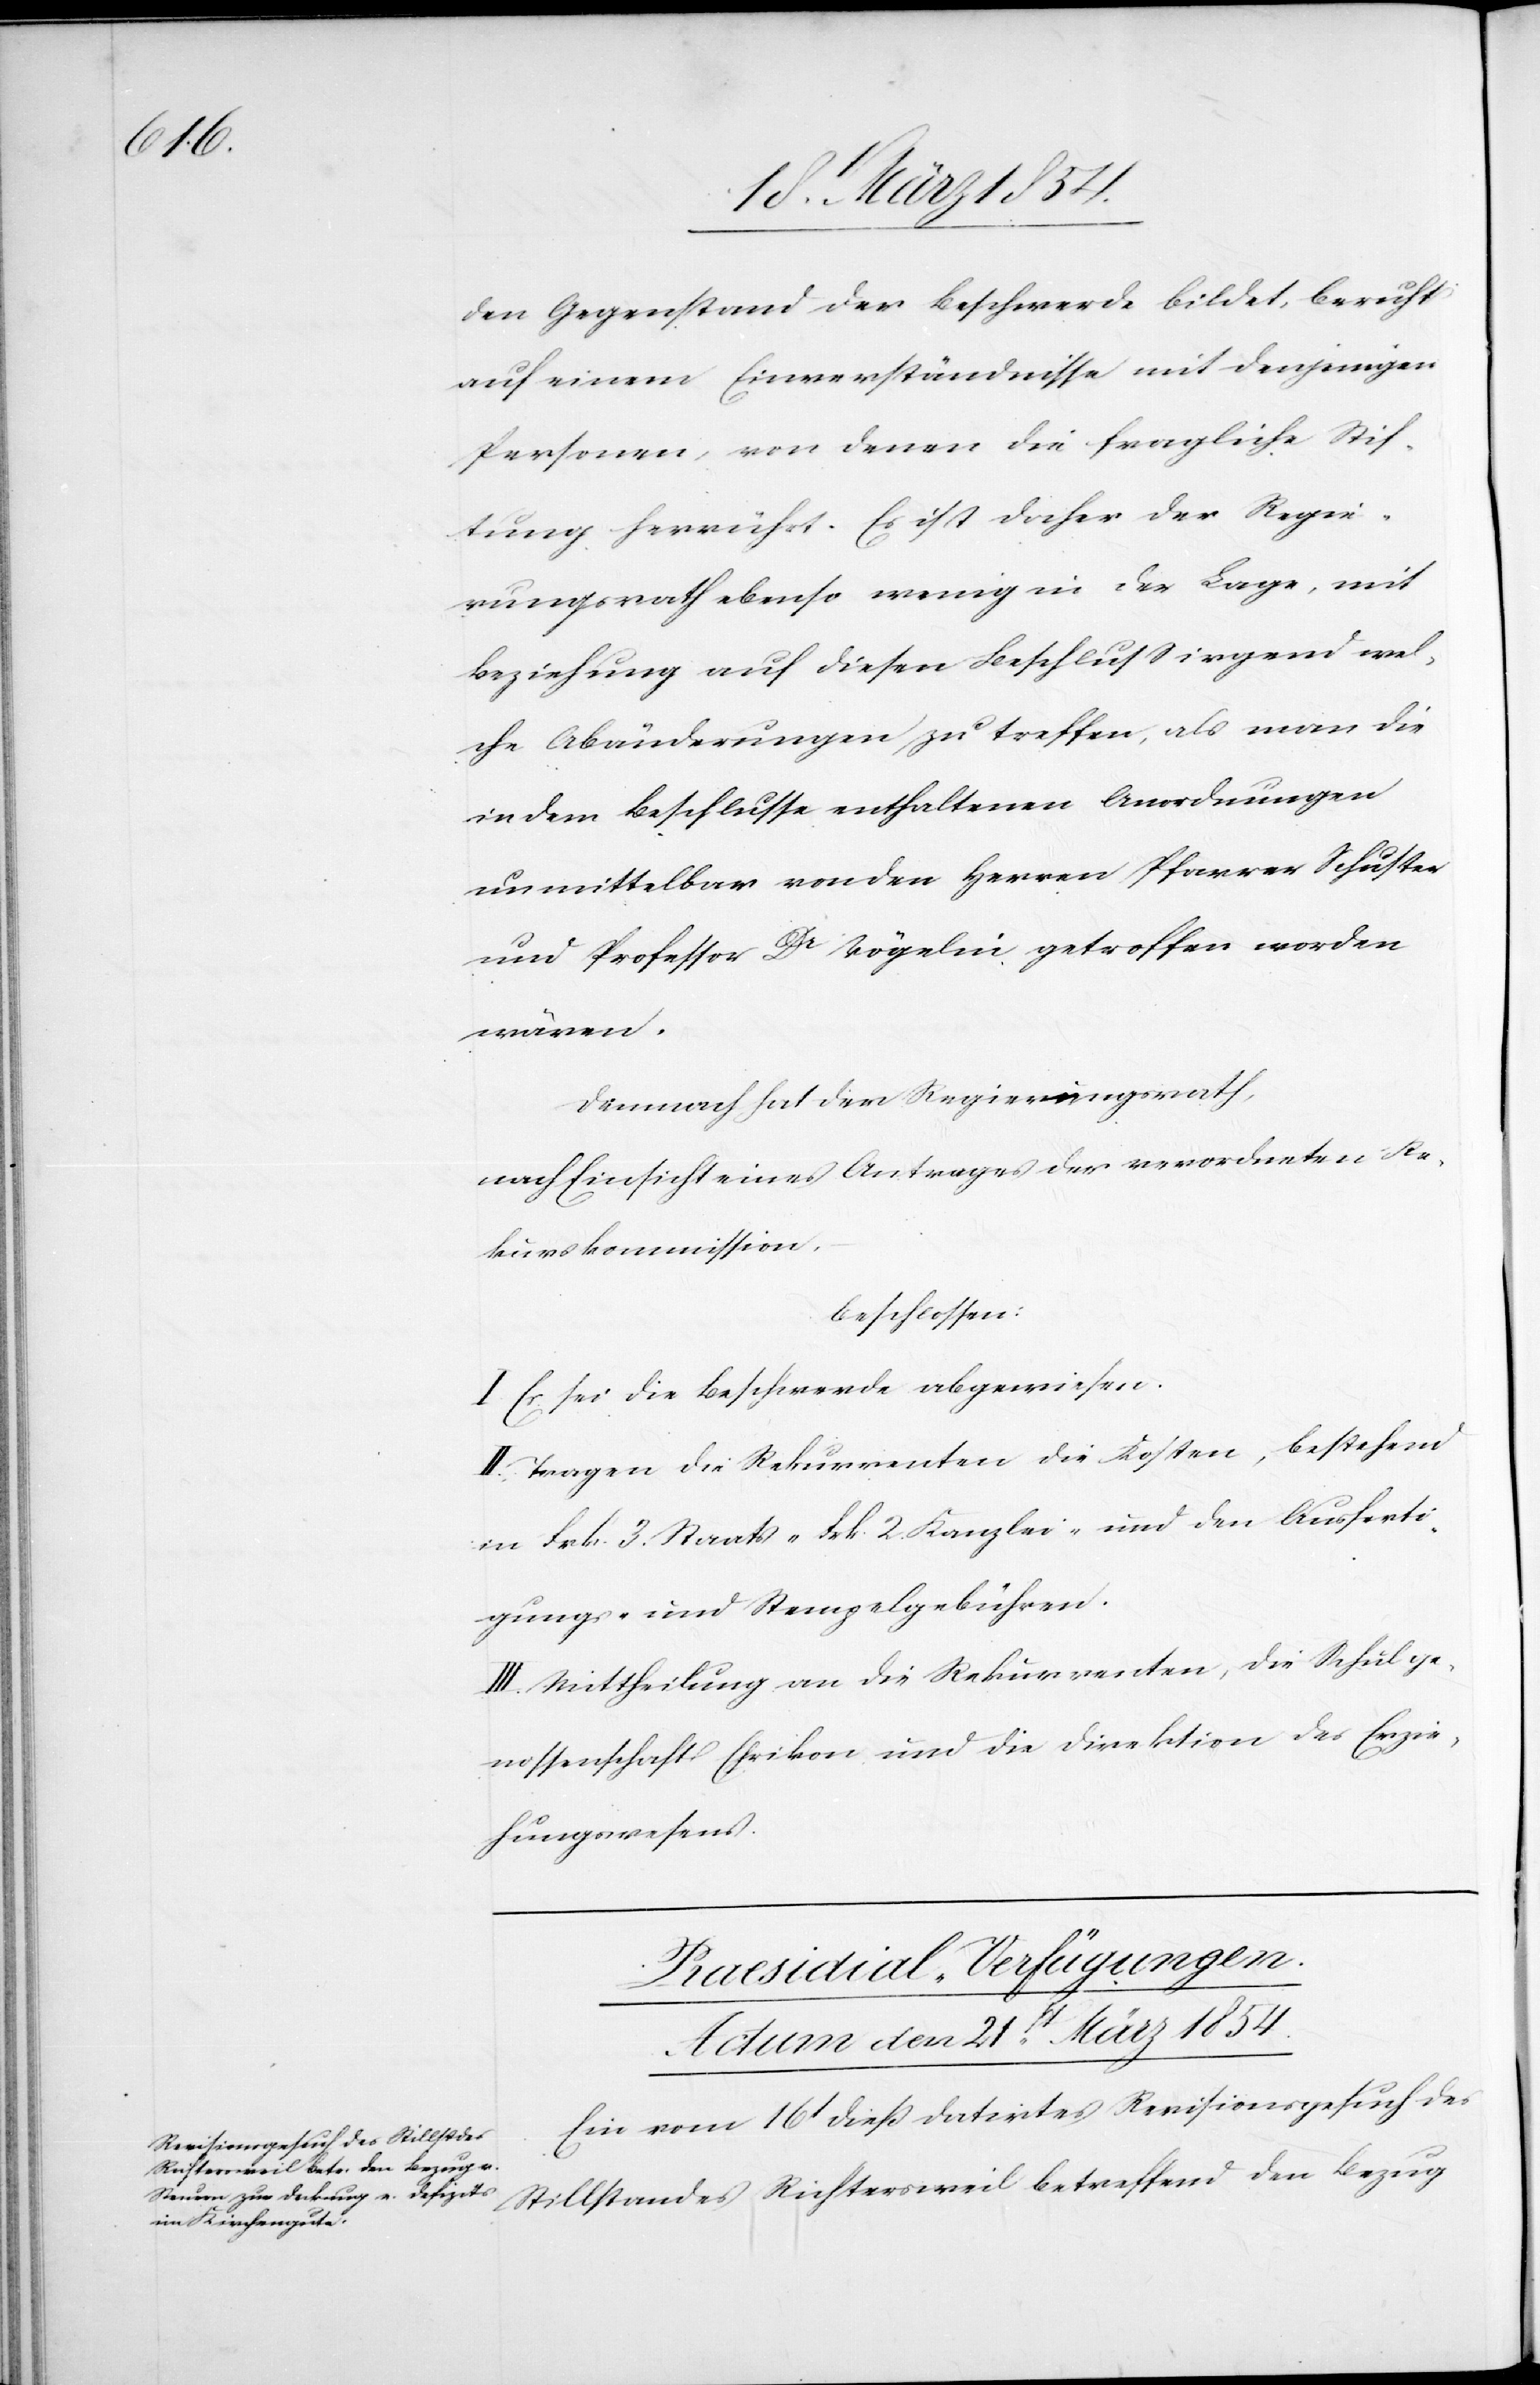
Praesidial-Verfügungen.
Actum den 21st März 1854.
Ein vom 16t dieß datirtes Revisionsgesuch des
Stillstandes Richterswil betreffend den Bezug